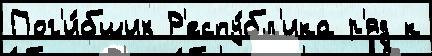
Пог'и́бших Р'еспу́бл'ика р'яд к